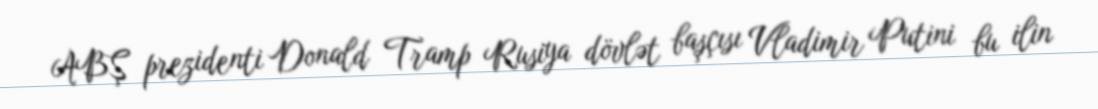
ABŞ prezidenti Donald Tramp Rusiya dövlət başçısı Vladimir Putini bu ilin